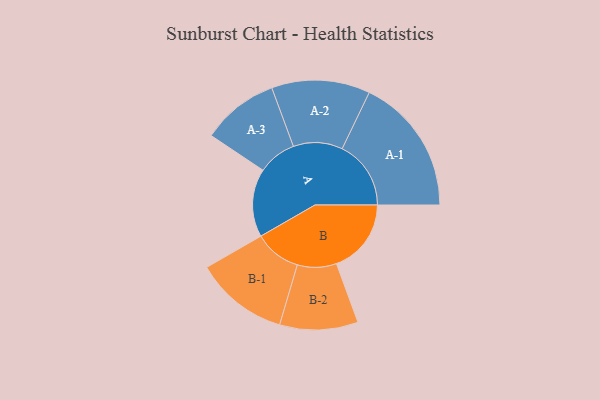
{"axis": {"x": "Segment", "y": "Value"}, "legend": ["", "A", "B"], "data": [{"x": "A", "y": 216, "type": ""}, {"x": "B", "y": 237, "type": ""}, {"x": "A-1", "y": 218, "type": "A"}, {"x": "A-2", "y": 156, "type": "A"}, {"x": "A-3", "y": 122, "type": "A"}, {"x": "B-1", "y": 148, "type": "B"}, {"x": "B-2", "y": 124, "type": "B"}]}